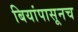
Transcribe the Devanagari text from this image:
बियांपासूनच